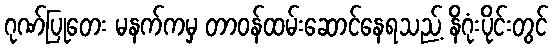
ဂုဏ်ပြုတေး မနက်ကမှ တာဝန်ထမ်းဆောင်နေရသည့် နိဂုံးပိုင်းတွင်